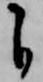
自